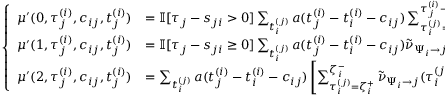
\begin{array} { r } { \left\{ \begin{array} { l l l l l l } { \mu ^ { \prime } ( 0 , \tau _ { j } ^ { ( i ) } , c _ { i j } , t _ { j } ^ { ( i ) } ) } & { = \mathbb { I } [ \tau _ { j } - s _ { j i } > 0 ] \sum _ { t _ { i } ^ { ( j ) } } a ( t _ { j } ^ { ( i ) } - t _ { i } ^ { ( i ) } - c _ { i j } ) \sum _ { \tau _ { i } ^ { ( j ) } = 0 } ^ { \tau _ { j } ^ { ( i ) } - s _ { j i } } \tilde { \nu } _ { \Psi _ { i } \to j } ( \tau _ { i } ^ { ( j ) } , \sigma _ { j i } = 2 , t _ { i } ^ { ( j ) } , t _ { j } ^ { ( i ) } ) } \\ { \mu ^ { \prime } ( 1 , \tau _ { j } ^ { ( i ) } , c _ { i j } , t _ { j } ^ { ( i ) } ) } & { = \mathbb { I } [ \tau _ { j } - s _ { j i } \geq 0 ] \sum _ { t _ { i } ^ { ( j ) } } a ( t _ { j } ^ { ( i ) } - t _ { i } ^ { ( i ) } - c _ { i j } ) \tilde { \nu } _ { \Psi _ { i } \to j } ( \tau _ { i } ^ { ( j ) } = \tau _ { j } ^ { ( i ) } - s _ { j i } , \sigma _ { j i } = 2 , t _ { i } ^ { ( j ) } , t _ { j } ^ { ( i ) } ) } \\ { \mu ^ { \prime } ( 2 , \tau _ { j } ^ { ( i ) } , c _ { i j } , t _ { j } ^ { ( i ) } ) } & { = \sum _ { t _ { i } ^ { ( j ) } } a ( t _ { j } ^ { ( i ) } - t _ { i } ^ { ( i ) } - c _ { i j } ) \left[ \sum _ { \tau _ { i } ^ { ( j ) } = \zeta _ { i } ^ { + } } ^ { \zeta _ { i } ^ { - } } \tilde { \nu } _ { \Psi _ { i } \to j } ( \tau _ { i } ^ { ( j ) } , \sigma _ { j i } = 2 , t _ { i } ^ { ( j ) } , t _ { j } ^ { ( i ) } ) \right. } \end{array} \right. } \end{array}